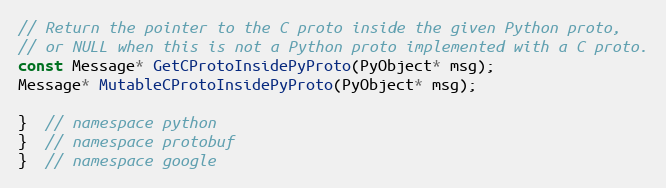
Language: C
// Return the pointer to the C proto inside the given Python proto,
// or NULL when this is not a Python proto implemented with a C proto.
const Message* GetCProtoInsidePyProto(PyObject* msg);
Message* MutableCProtoInsidePyProto(PyObject* msg);

}  // namespace python
}  // namespace protobuf
}  // namespace google